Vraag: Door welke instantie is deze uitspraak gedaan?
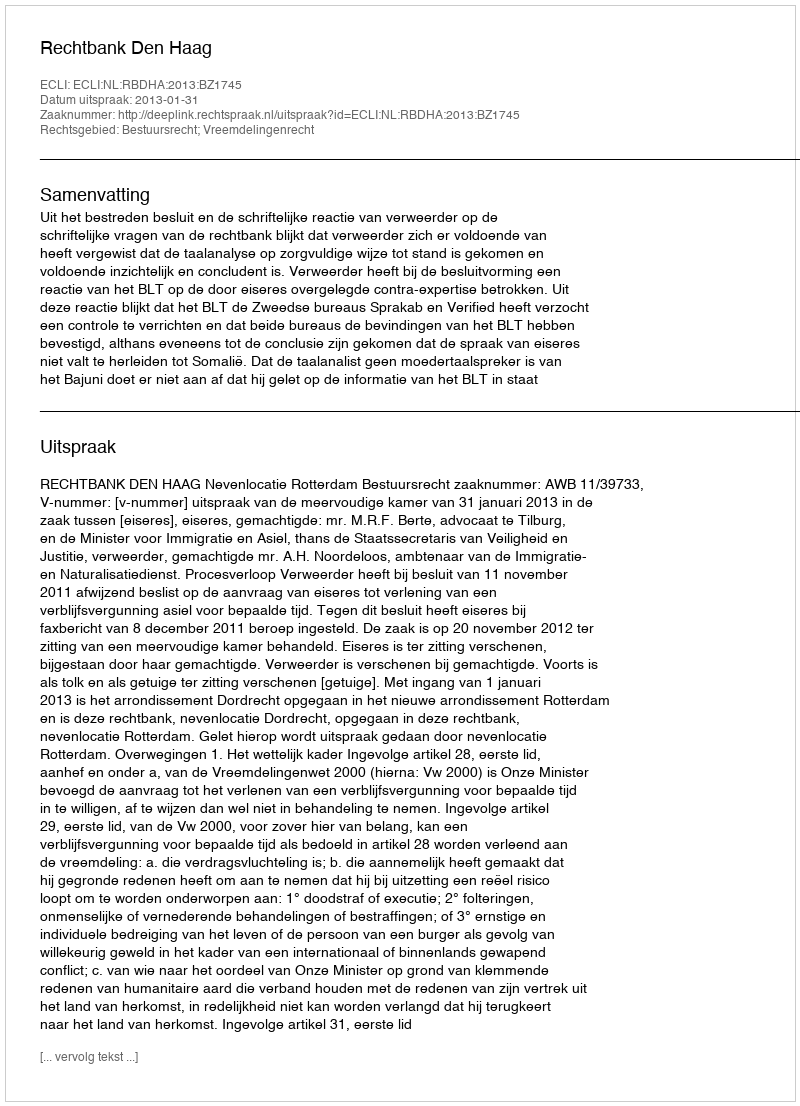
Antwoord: Rechtbank Den Haag